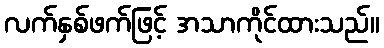
လက်နှစ်ဖက်ဖြင့် အသာကိုင်ထားသည်။